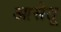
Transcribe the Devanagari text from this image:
आसेतू